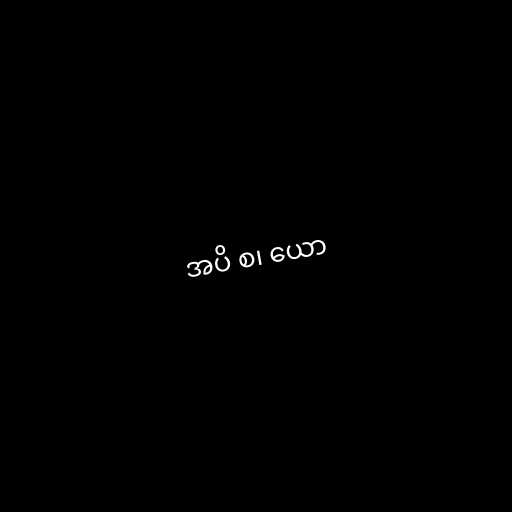
အပိ စ၊ ယော